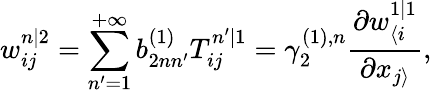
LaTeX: w_{ij}^{n|2}=\sum_{n^{\prime}=1}^{+\infty}b_{2nn^{\prime}}^{(1)}T_{ij}^{n^{\prime}|1}=\gamma_{2}^{(1),n}\frac{\partial w_{\langle i}^{1|1}}{\partial x_{j\rangle}},